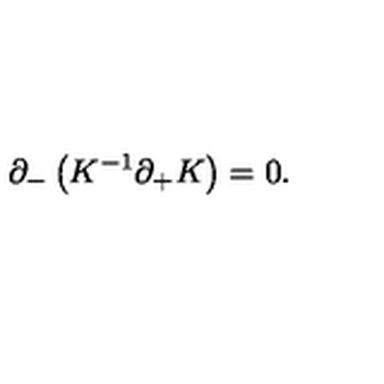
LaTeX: \partial _ { - } \left( K ^ { - 1 } \partial _ { + } K \right) = 0 .